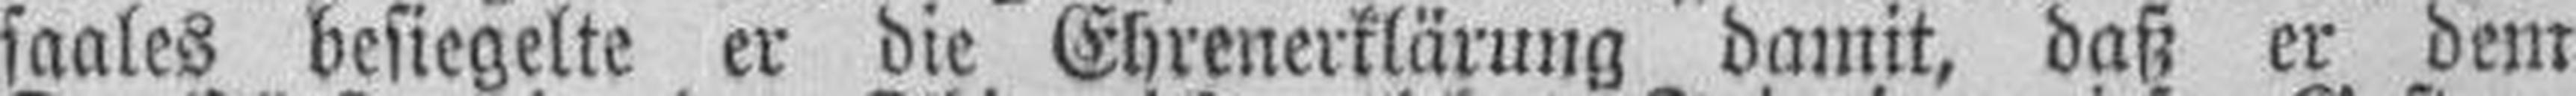
saales besiegelte er die Ehrenerklärung damit, daß er dem